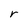
Character: r